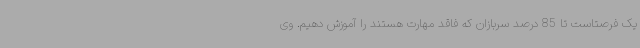
یک فرصتاست تا 85 درصد سربازان که فاقد مهارت هستند را آموزش دهیم. وی